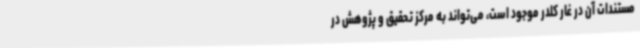
مستندات آن در غار کلدر موجود است، می‌تواند به مرکز تحقیق و پژوهش در